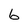
Character: 6